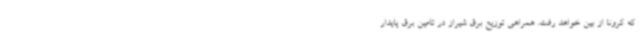
که کرونا از بین خواهد رفت. همراهی توزیع برق شیراز در تامین برق پایدار